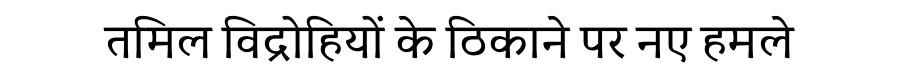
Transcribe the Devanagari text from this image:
तमिल विद्रोहियों के ठिकाने पर नए हमले